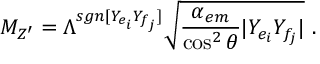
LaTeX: M _ { Z ^ { \prime } } = \Lambda ^ { s g n [ Y _ { e _ { i } } Y _ { f _ { j } } ] } \sqrt { \frac { \alpha _ { e m } } { \cos ^ { 2 } \theta } | Y _ { e _ { i } } Y _ { f _ { j } } | } \ .